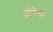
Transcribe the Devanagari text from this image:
जेरेम।